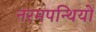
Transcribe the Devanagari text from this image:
नरमपन्थियों